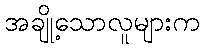
အချို့သောလူများက